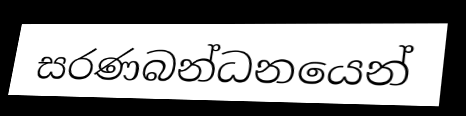
සරණබන්ධනයෙන්